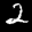
Label: 2